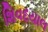
શિવદયાલ